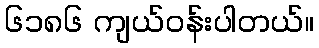
၆၁၈၆ ကျယ်ဝန်းပါတယ်။